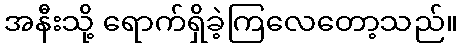
အနီးသို့ ရောက်ရှိခဲ့ကြလေတော့သည်။